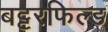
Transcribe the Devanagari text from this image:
बट्टरफिल्ड